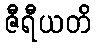
ဇီရီယတိ